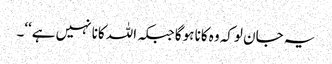
یہ جان لوکہ وہ کانا ہوگا جبکہ اللہ کانا نہیں ہے‘‘۔